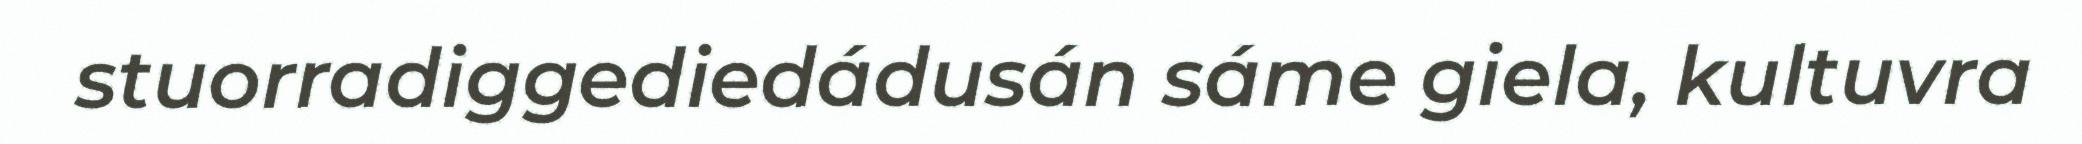
stuorradiggediedádusán sáme giela, kultuvra